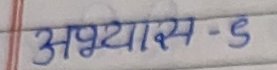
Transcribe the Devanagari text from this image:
अभ्यास - 5